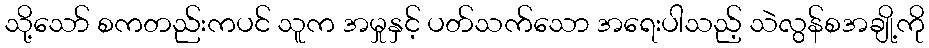
သို့သော် စကတည်းကပင် သူက အမှုနှင့် ပတ်သက်သော အရေးပါသည့် သဲလွန်စအချို့ကို